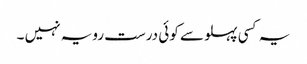
یہ کسی پہلو سے کوئی درست رویہ نہیں ۔